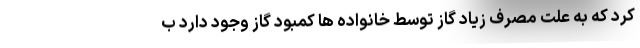
کرد که به علت مصرف زیاد گاز توسط خانواده ها کمبود گاز وجود دارد ب